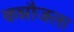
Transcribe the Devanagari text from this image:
कन्नौजला